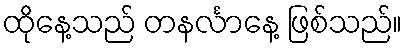
ထိုနေ့သည် တနင်္လာနေ့ ဖြစ်သည်။